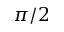
\pi / 2